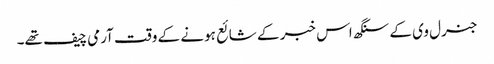
جنرل وی کے سنگھ اس خبر کے شائع ہونے کے وقت آرمی چیف تھے۔